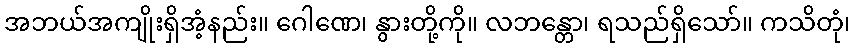
အဘယ်အကျိုးရှိအံ့နည်း။ ဂေါဏေ၊ နွားတို့ကို။ လဘန္တော၊ ရသည်ရှိသော်။ ကသိတုံ၊